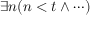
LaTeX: \exists n ( n < t \land \cdots )